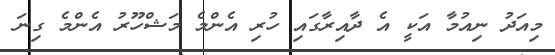
މިއަދު ނިއުމާ އަކީ އެ ދާއިރާގައި ހުރި އެންމެ މަޝްހޫރު އެންމެ ގިނަ